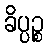
ခိပ္ပဉ္စ